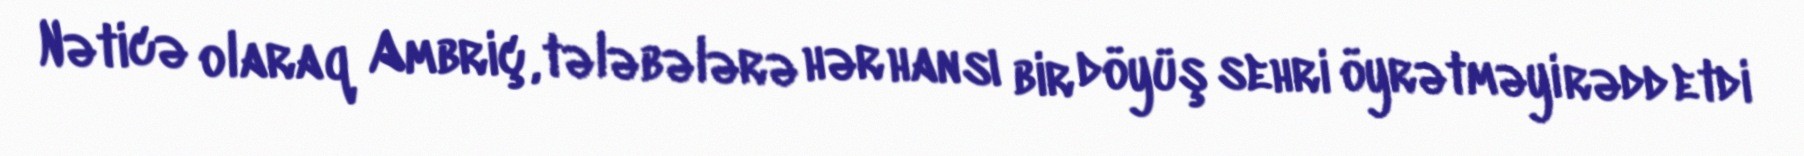
Nəticə olaraq Ambriç, tələbələrə hər hansı bir döyüş sehri öyrətməyi rədd etdi